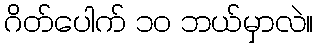
ဂိတ်ပေါက် ၁၀ ဘယ်မှာလဲ။